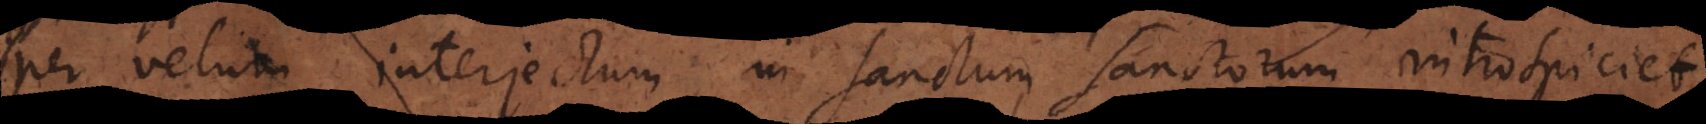
per velum interpositum in sanctum sanctorum introspiciet.